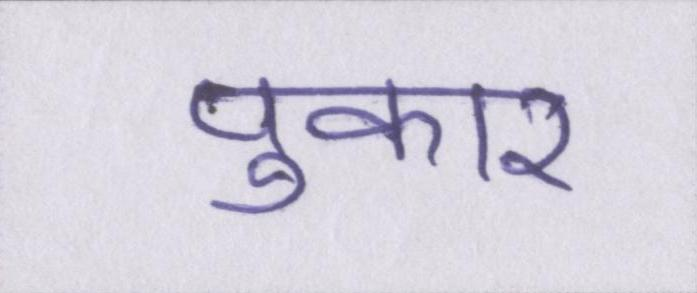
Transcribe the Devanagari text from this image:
पुकार